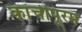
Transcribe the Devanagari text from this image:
कांचीपूरम